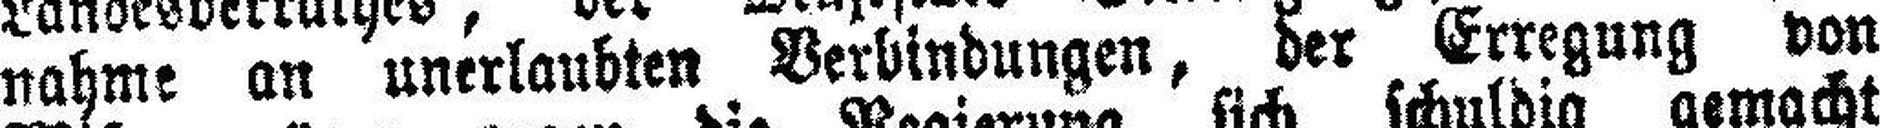
nahme an unerlaubten Verbindungen, der Erregung von